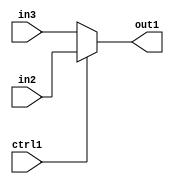
`timescale 1ps / 1ps
/*****************************************************************************
    Verilog RTL Description
    
    
    Created by: Stratus DpOpt 2019.1.01 
*******************************************************************************/

module st_feature_addr_gen_N_Mux_16_2_28_4_0 (
	in3,
	in2,
	ctrl1,
	out1
	); /* architecture "behavioural" */ 
input [15:0] in3,
	in2;
input  ctrl1;
output [15:0] out1;
wire [15:0] asc001;

reg [15:0] asc001_tmp_0;
assign asc001 = asc001_tmp_0;
always @ (ctrl1 or in2 or in3) begin
	case (ctrl1)
		1'B1 : asc001_tmp_0 = in2 ;
		default : asc001_tmp_0 = in3 ;
	endcase
end

assign out1 = asc001;
endmodule

/* CADENCE  uLb4Sw0= : u9/ySgnWtBlWxVPRXgAZ4Og= ** DO NOT EDIT THIS LINE ******/